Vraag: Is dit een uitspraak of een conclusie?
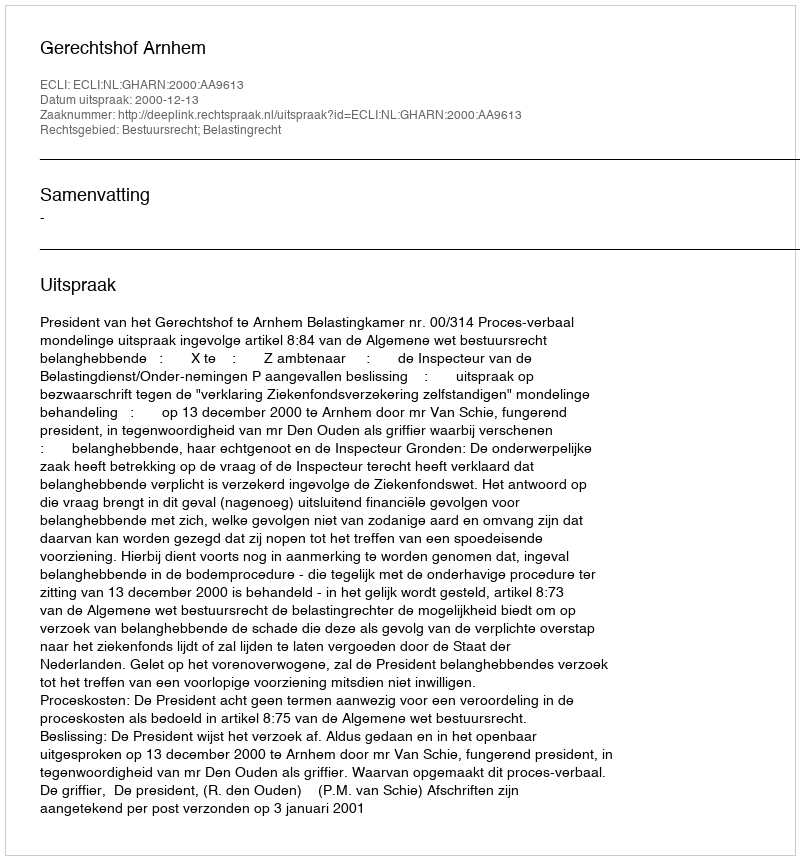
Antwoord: Uitspraak